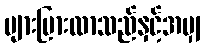
များပြားလာသည်နှင့်အမျှ